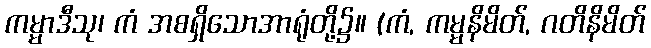
ကမ္မာဒီသု၊ ကံ အစရှိသောအာရုံတို့၌။ (ကံ, ကမ္မနိမိတ်, ဂတိနိမိတ်